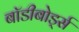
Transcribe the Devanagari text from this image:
बॉडीबोर्ड्स